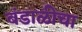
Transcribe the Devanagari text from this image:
बंडाळीचा